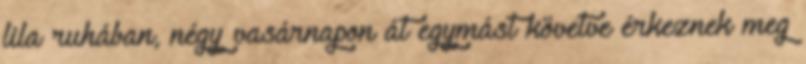
lila ruhában, négy vasárnapon át egymást követve érkeznek meg